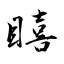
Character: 瞦